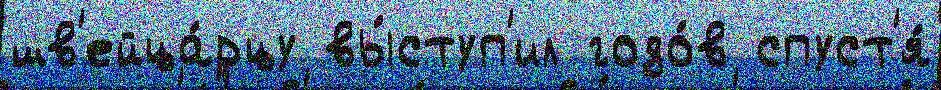
шв'ейца́рцу вы́ступ'ил годо́в спуст'я́